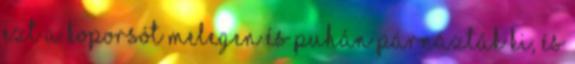
Ezt a koporsót melegen és puhán párnázták ki, és